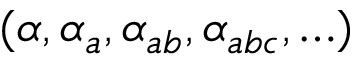
( \alpha , \alpha _ { a } , \alpha _ { a b } , \alpha _ { a b c } , \ldots )